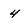
Character: 4